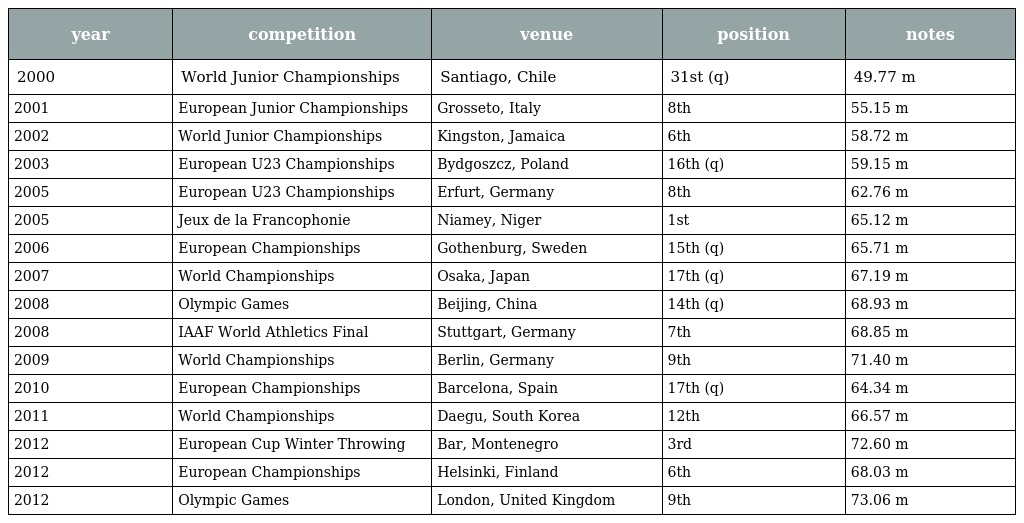
| year | competition | venue | position | notes |
 | --- | --- | --- | --- | --- |
 | 2000 | World Junior Championships | Santiago, Chile | 31st (q) | 49.77 m |
 | 2001 | European Junior Championships | Grosseto, Italy | 8th | 55.15 m |
 | 2002 | World Junior Championships | Kingston, Jamaica | 6th | 58.72 m |
 | 2003 | European U23 Championships | Bydgoszcz, Poland | 16th (q) | 59.15 m |
 | 2005 | European U23 Championships | Erfurt, Germany | 8th | 62.76 m |
 | 2005 | Jeux de la Francophonie | Niamey, Niger | 1st | 65.12 m |
 | 2006 | European Championships | Gothenburg, Sweden | 15th (q) | 65.71 m |
 | 2007 | World Championships | Osaka, Japan | 17th (q) | 67.19 m |
 | 2008 | Olympic Games | Beijing, China | 14th (q) | 68.93 m |
 | 2008 | IAAF World Athletics Final | Stuttgart, Germany | 7th | 68.85 m |
 | 2009 | World Championships | Berlin, Germany | 9th | 71.40 m |
 | 2010 | European Championships | Barcelona, Spain | 17th (q) | 64.34 m |
 | 2011 | World Championships | Daegu, South Korea | 12th | 66.57 m |
 | 2012 | European Cup Winter Throwing | Bar, Montenegro | 3rd | 72.60 m |
 | 2012 | European Championships | Helsinki, Finland | 6th | 68.03 m |
 | 2012 | Olympic Games | London, United Kingdom | 9th | 73.06 m |